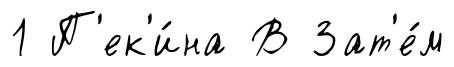
1 П'ек'и́на В Зат'е́м